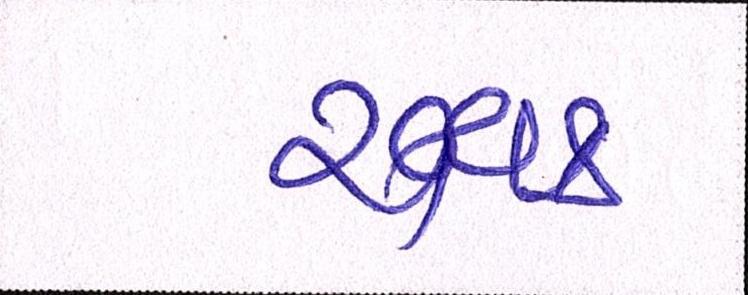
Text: રક્ષક